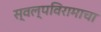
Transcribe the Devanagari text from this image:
स्वल्पविरामाचा